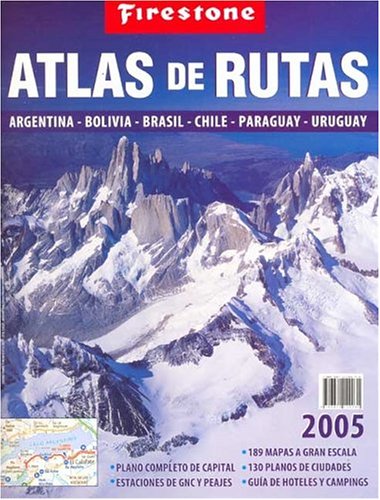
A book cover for Atlas de Rutas 2005: Argentina, Bolivia, Brasil, Chile, Paraguay, Uruguay (Spanish Edition); Pablo Curti; Travel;